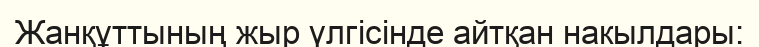
Жанқұттының жыр үлгісінде айтқан накылдары: